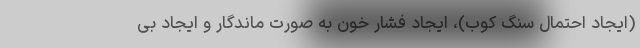
(ایجاد احتمال سنگ کوب)، ایجاد فشار خون به صورت ماندگار و ایجاد بی